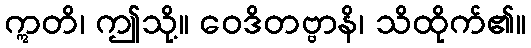
ဣတိ၊ ဤသို့။ ဝေဒိတဗ္ဗာနိ၊ သိထိုက်၏။